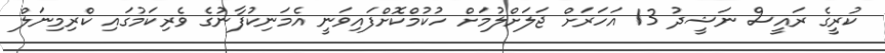
ކުރީގެ ރައީސް ނަޝީދު 13 އަހަރަށް ޖަލަށްލުމަށް ހުކުމްކޮށްފައިވަނީ އެމަނިކުފާނުގެ ވެރިކަމުގައި ކްރިމިނަލް